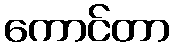
ကောင်တာ